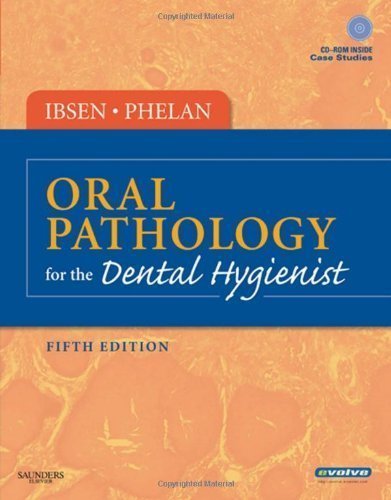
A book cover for Oral Pathology for the Dental Hygienist, 5e (ORAL PATHOLOGY FOR THE DENTAL HYGIENIST ( IBSEN)) 5th (fifth) edition (authors) Ibsen RDH MS, Olga A. C., Phelan DDS, Joan Andersen (2008) published by Saunders [Hardcover]; Medical Books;